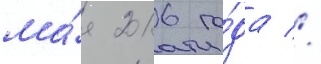
ма́я 2016 го́да //